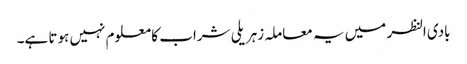
بادی النظر میں یہ معاملہ زہریلی شراب کا معلوم نہیں ہوتا ہے۔